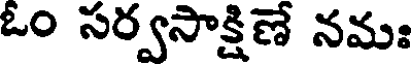
ఓం సర్వసాక్షిణే నమః